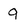
Character: 9